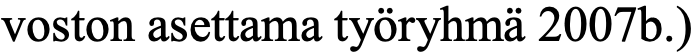
voston asettama työryhmä 2007b.)